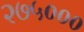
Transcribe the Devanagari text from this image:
२७५०००